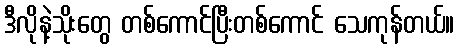
ဒီလိုနဲ့သိုးတွေ တစ်ကောင်ပြီးတစ်ကောင် သေကုန်တယ်။